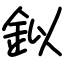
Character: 鉯